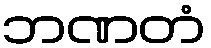
ဘဏတံ